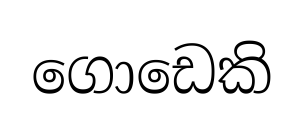
ගොඩෙකි